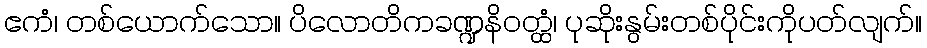
ဧကံ၊ တစ်ယောက်သော။ ပိလောတိကခဏ္ဍနိဝတ္ထံ၊ ပုဆိုးနွမ်းတစ်ပိုင်းကိုပတ်လျက်။